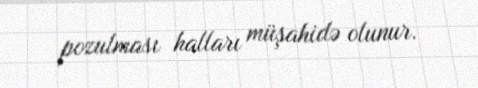
pozulması halları müşahidə olunur.